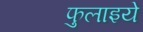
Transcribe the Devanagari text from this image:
फुलाइये